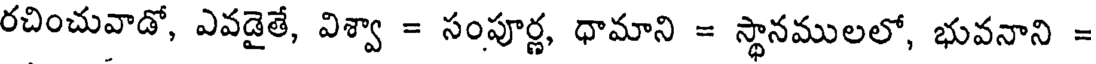
రచించువాడో, ఎవడైతే, విశ్వా = సంపూర్ణ, ధామాని = స్థానములలో, భువనాని =